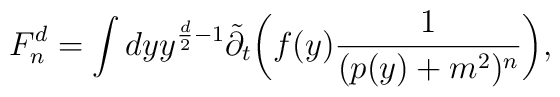
F_n^d =\int  dyy^{\frac{d}{2}-1} {\tilde \partial_t}\bigg(f(y)\frac{1}{(p(y)+ m^2)^n}\bigg)\mbox{,}